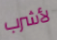
لأشرب